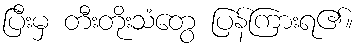
ပြီးမှ တီးတိုးသံတွေ ပြန်ကြားရ၏။